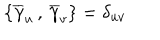
\left\{ \overline { { { \gamma } } } _ { u } \, , \, \overline { { { \gamma } } } _ { v } \right\} = \delta _ { u v }